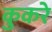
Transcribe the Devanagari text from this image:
कुकरे